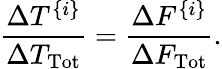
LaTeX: {\frac{\Delta T^{\{ i\} }}{\Delta T_{\mathrm{Tot}}}}={\frac{\Delta F^{\{ i\} }}{\Delta F_{\mathrm{Tot}}}}.